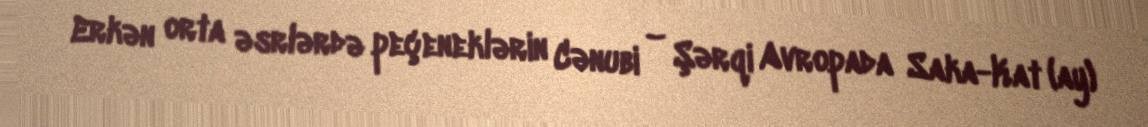
Erkən orta əsrlərdə peçeneklərin Cənubi – Şərqi Avropada Saka-Kat (ay)